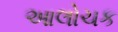
આલોચક